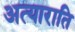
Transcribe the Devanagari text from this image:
अत्याराति